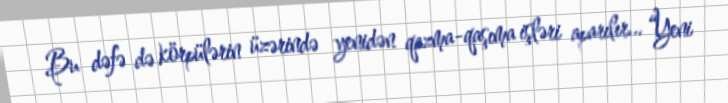
Bu dəfə də körpülərin üzərində yenidən qazma-qaşıma işləri aparılır... “Yeni